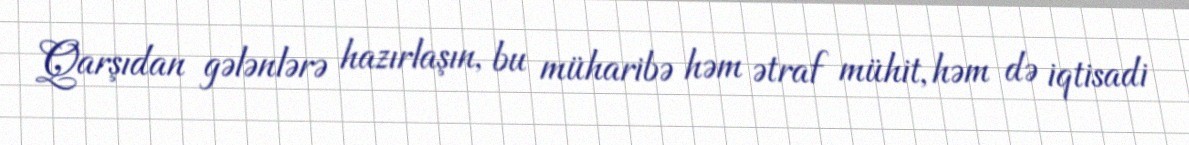
Qarşıdan gələnlərə hazırlaşın, bu müharibə həm ətraf mühit, həm də iqtisadi